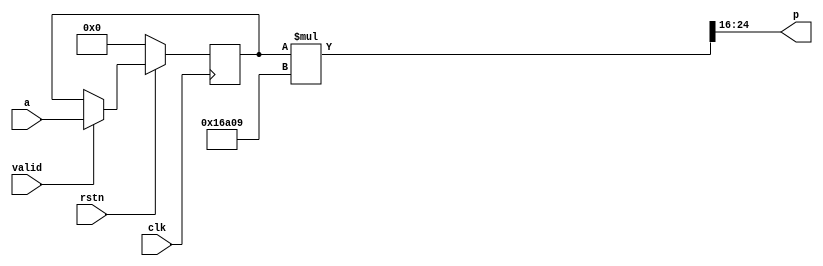
/**********************************************************************
 * Topic : RTL Core
 * 		  2-Dimensional Fast Hartley Transform
 *
 *
 * Function: Signed Multiplier - constant sqrt(2) = 1.41421
 *
 * 8 bit accuracy:
 * 1.41421*a = (256*1.41421)*a/256 = 362.03776*a/256 = 362*a/256
 * product = 362*a/2^8
 * wire [8:0] mult_constant = 9'd362;
 *
 * 15 bit accuracy:
 * 1.41421*a = (32768*1.41421)*a/32768 = 46340.95*a/32768
 * product = 46341*a/2^15
 * wire [15:0] mult_constant = 16'd46341;
 *
 * 16 bit accuracy:
 * 1.41421*a = (65536*1.41421)*a/65536 = 92681*a/65536
 * product = 92681*a/2^16
 * wire [16:0] mult_constant = 17'd92681;
 *
 * RIGHT TO USE: This code example, or any portion thereof, may be
 * used and distributed without restriction, provided that this entire
 * comment block is included with the example.
 *
 * DISCLAIMER: THIS CODE EXAMPLE IS PROVIDED "AS IS" WITHOUT WARRANTY
 * OF ANY KIND, EITHER EXPRESS OR IMPLIED, INCLUDING, BUT NOT LIMITED
 * TO WARRANTIES OF MERCHANTABILITY, FITNESS OR CORRECTNESS. IN NO
 * EVENT SHALL THE AUTHOR OR AUTHORS BE LIABLE FOR ANY DAMAGES,
 * INCLUDING INCIDENTAL OR CONSEQUENTIAL DAMAGES, ARISING OUT OF THE
 * USE OF THIS CODE.
 **********************************************************************/

module signed_mult_const_fpga (
	rstn,
	clk,
	valid,
	a,
	p
);

parameter		N = 8;
input			rstn;
input			clk;
input			valid;
input  signed [N-1:0] a; // variable - positive/negative
output signed [N  :0] p; // product output

// FHT constant
// wire [8:0] mult_constant; // always positive
// assign mult_constant = 9'd362;

//wire signed [17:0] mult_constant; // always positive
//assign mult_constant = {1'b0, 17'd92681};
parameter mult_constant = {1'b0, 17'd92681};

reg signed [N-1:0] a_FF;
always @(posedge clk)
if		(!rstn) a_FF <= #1 0;
else if (valid)	a_FF <= #1 a;

wire signed [(16+1)+N-1:0] p_tmp = $signed(a_FF) * $signed(mult_constant);

//assign p = p_tmp[(16+1)+N-1:16];// >> 16;
assign p = p_tmp >> 16;

endmodule

// Update Log:
// 27 Jul. 2011
// wire [17:0] mult_constant replaced by parameter